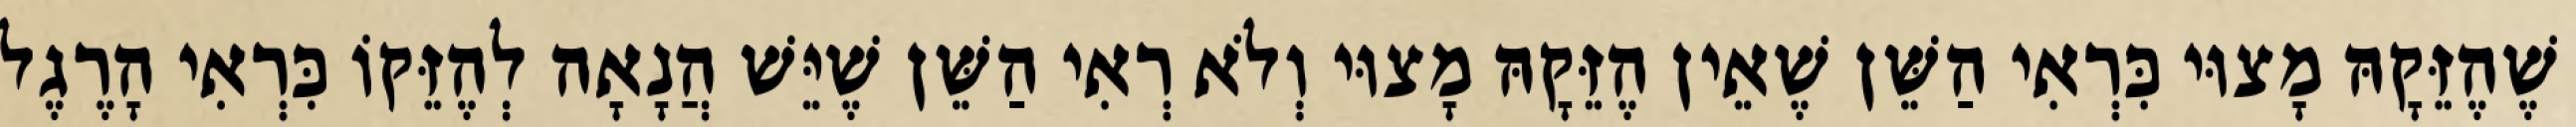
שֶׁהֶזֵּקָהּ מָצוּי כִּרְאִי הַשֵּׁן שֶׁאֵין הֶזֵּקָהּ מָצוּי וְלֹא רְאִי הַשֵּׁן שֶׁיֵּשׁ הֲנָאָה לְהֶזֵּקוֹ כִּרְאִי הָרֶגֶל